Annual statistical returns and brief notes on vaccination in Bengal - 1909-1929
Year: 1909
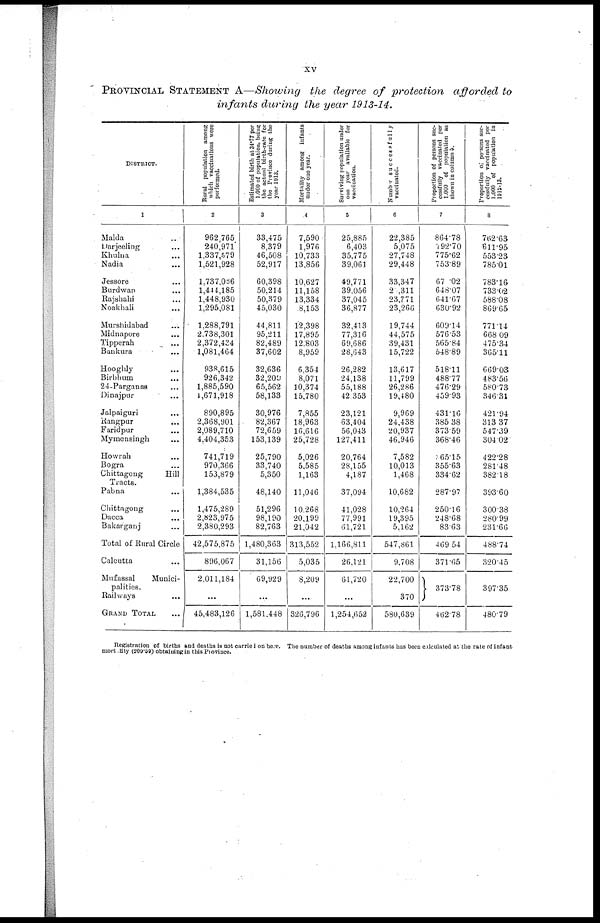
xv
PROVINCIAL STATEMENT A—Showing the degree of protection afforded to
infants during the year 1913-14.
DISTRICT.
1
Malda ...
Darjeeling ...
Khulna ...
Nadia ...
Jessore ...
Burdwan ...
Rajshahi ...
Noakhali ...
Murshidabad ...
Midnapore ...
Tipperah ...
Bankura ...
Hooghly ...
Birbhum ...
24-Parganas ...
Dinajpur ...
Jalpaiguri ...
Rangpur ...
Faridpur ...
Mymensingh ...
Howrah ...
Bogra ...
Chittagong
Hill
Tracts.
Pabna ...
Chittagong ...
Dacca ...
Bakarganj ...
Total of Rural Circle
Calcutta ...
Mufassal
Munici-
palities.
Railways ...
GRAND TOTAL ...
Rural population among
which vaccinations were
performed.
2
962,765
240,971
1,337,579
1,521,928
1,737,066
1,444,185
1,448,930
1,295,081
1,288,791
2,738,301
2,372,434
1,081,464
938,615
926,342
1,885,590
1,671,918
890,895
2,368,901
2,089,710
4,404,353
741,719
970,366
153,879
1,384,535
1,475,289
2,823,975
2,380,293
42,575,875
896,067
2,011,184
...
45,483,126
Estimated birth at 34.77 per
1,000 of population, being
the actual birth-rate for
the Province during the
year 1913.
3
33,475
8,379
46,508
52,917
60,398
50,214
50,379
45,030
44,811
95,211
82,489
37,602
32,636
32,209
65,562
58,133
30,976
82,367
72,659
153,139
25,790
33,740
5,350
48,140
51,296
98,190
82,763
1,480,363
31,156
69,629
...
1,581,448
Mortality among infants
under one year.
4
7,590
1,976
10,733
13,856
10,627
11,158
13,334
8,153
12,398
17,895
12,803
8,959
6,354
8,071
10,374
15,780
7,855
18,963
16,616
25,728
5,026
5,585
1,163
11,046
10,268
20,199
21,042
313,552
5,035
8,209
...
326,796
Surviving population under
one year available for
vaccination.
5
25,885
6,403
35,775
39,061
49,771
39,056
37,045
36,877
32,413
77,316
69,686
28,643
26,282
24,138
55,188
42,353
23,121
63,404
56,043
127,411
20,764
28,155
4,187
37,094
41,028
77,991
61,721
1,166,811
26,121
61,720
...
1,254,652
Number successfully
vaccinated.
6
22,385
5,075
27,748
29,448
33,347
2 ,311
23,771
23,266
19,744
44,575
39,431
15,722
13,617
11,799
26,286
19,480
9,969
24,438
20,937
46,946
7,582
10,013
1,468
10,682
10,264
19,395
5,162
547,861
9,708
22,700
370
580,639
Proportion of persons suc¬
cessfully vaccinated per
1,000 of population as
shown in column 6.
7
864.78
792.70
775.62
753.89
67.02
648.07
641.67
630.92
609.14
576.53
565.84
548.89
518.11
488.77
476.29
459.93
431.16
385.38
373.59
368.46
365.15
355.63
334.62
287.97
250.16
248.68
83.63
469.54
371.65
373.78
462.78
Proportion of persons suc-
cessfully vaccinated per
1,000 of population in
1912-13.
8
762.63
611.95
553.23
785.01
783.16
733.02
588.08
869.65
771.14
668.09
475.34
365.11
669.03
483.56
580.73
346.31
421.94
313.37
547.39
304.02
422.28
281.48
382.18
393.60
300.38
280.99
231.66
488.74
320.45
397.35
480.79
Registration of births and deaths is not carried on here. The number of deaths among infants has been calculated at the rate of infant
mortality (209.59) obtaining in this Province.